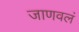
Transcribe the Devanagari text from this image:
जाणवलं